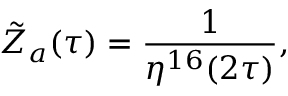
{ \tilde { Z } } _ { a } ( \tau ) = \frac { 1 } { \eta ^ { 1 6 } ( 2 \tau ) } ,